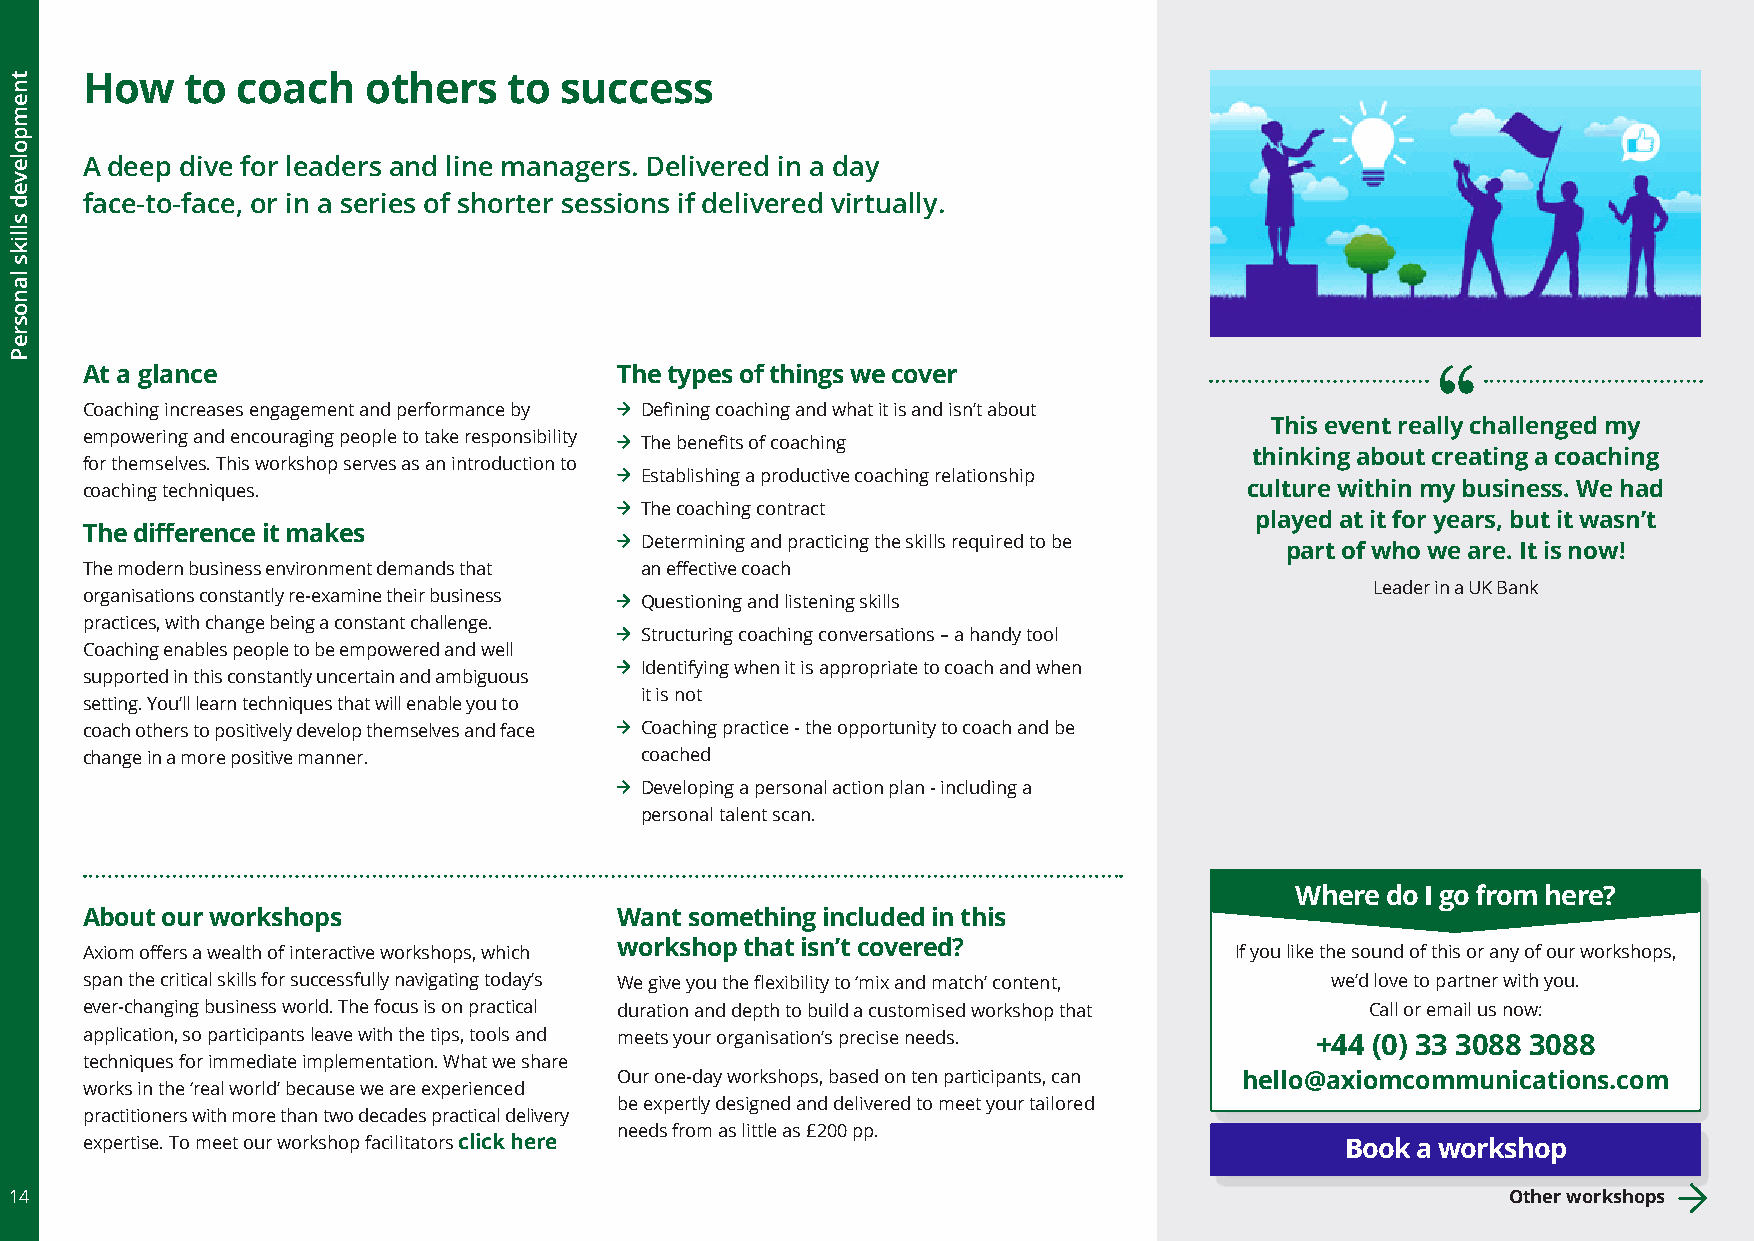
How    to  coach   others    to success
 A deep dive for leaders and line managers. Delivered in a day
 face-to-face, or in a series of shorter sessions if delivered virtually.
 At a glance                         The types of things we cover
 Coaching increases engagement and performance by Defining coaching and what it is and isn’t about
 This event really challenged my
 empowering and encouraging people to take responsibility The benefits of coaching
 thinking about creating a coaching
 for themselves. This workshop serves as an introduction to
 Establishing a productive coaching relationship
 coaching techniques.                                                          culture within my business. We had
 The coaching contract
 played at it for years, but it wasn’t
 The difference it makes
 Determining and practicing the skills required to be
 part of who we are. It is now!
 The modern business environment demands that an effective coach
 Leader in a UK Bank
 organisations constantly re-examine their business Questioning and listening skills
 practices, with change being a constant challenge.
 Structuring coaching conversations – a handy tool
 Coaching enables people to be empowered and well
 Identifying when it is appropriate to coach and when
 supported in this constantly uncertain and ambiguous
 it is not
 setting. You’ll learn techniques that will enable you to
 coach others to positively develop themselves and face Coaching practice - the opportunity to coach and be
 change in a more positive manner.    coached
 Developing a personal action plan - including a
 personal talent scan.
 Where do I go from here?
 About our workshops                 Want something included in this
 Axiom offers a wealth of interactive workshops, which workshop that isn’t covered? If you like the sound of this or any of our workshops,
 span the critical skills for successfully navigating today’s We give you the flexibility to ‘mix and match’ content, we’d love to partner with you.
 ever-changing business world. The focus is on practical duration and depth to build a customised workshop that Call or email us now:
 application, so participants leave with the tips, tools and meets your organisation’s precise needs. +44 (0) 33 3088 3088
 techniques for immediate implementation. What we share
 Our one-day workshops, based on ten participants, can hello@axiomcommunications.com
 works in the ‘real world’ because we are experienced
 be expertly designed and delivered to meet your tailored
 practitioners with more than two decades practical delivery
 needs from as little as £200 pp.
 expertise. To meet our workshop facilitators click here                             Book a workshop
 14                                                                                                 Other workshops
 tnempoleved
 slliks
 lanosreP